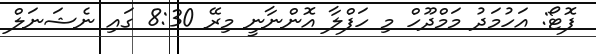
ފޮޓޯ: އަހުމަދު މަމްދޫހް މި ހަފްލާ އޮންނާނީ މިރޭ 8:30 ގައި ނެޝަނަލް